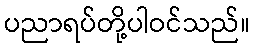
ပညာရပ်တို့ပါဝင်သည်။